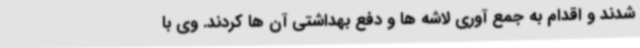
شدند و اقدام به جمع آوری لاشه ها و دفع بهداشتی آن ها کردند. وی با